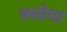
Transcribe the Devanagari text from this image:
क्सोमा